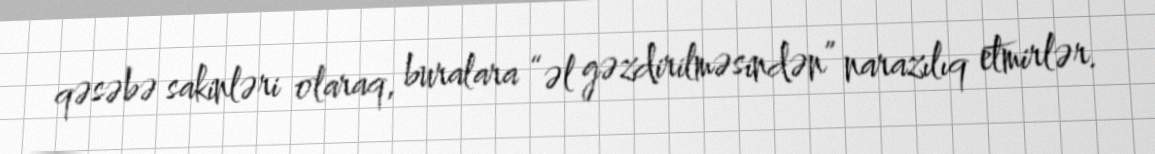
qəsəbə sakinləri olaraq, buralara “əl gəzdirilməsindən” narazılıq etmirlər.